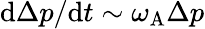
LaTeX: \mathrm{d}\Delta p/\mathrm{d}t\sim\omega_{\mathrm{A}}\Delta p